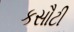
કસૌટી